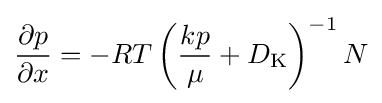
{\frac {\partial p}{\partial x}}=-RT\left({\frac {kp}{\mu }}+D_{\mathrm {K} }\right)^{-1}N